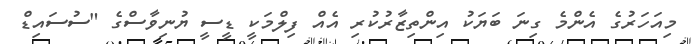
މިއަހަރުގެ އެންމެ ގިނަ ބަޔަކު އިންތިޒާރުކުރި އެއް ފިލްމަކީ ޑީސީ ޔުނިވާސްގެ "ސުސައިޑް